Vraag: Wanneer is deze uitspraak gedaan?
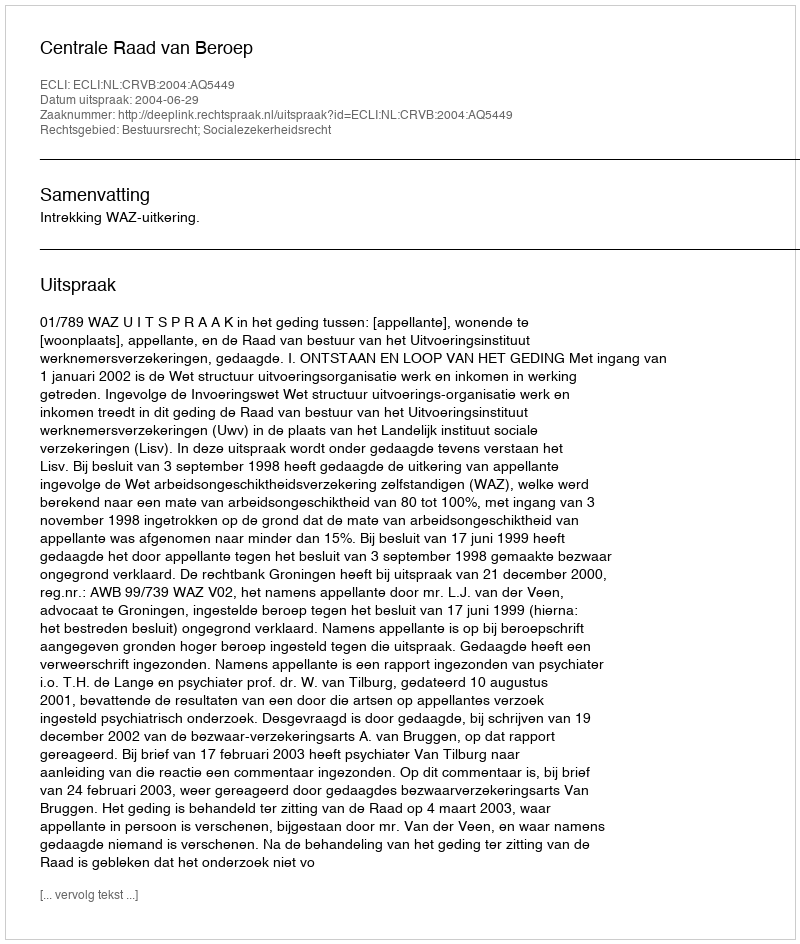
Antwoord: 2004-06-29